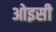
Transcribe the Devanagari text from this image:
ओइसी